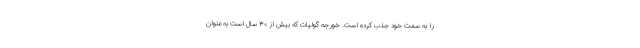
را به سمت خود جذب کرده است. خورجه گولیات که بیش از ۳۰ سال است به عنوان